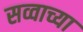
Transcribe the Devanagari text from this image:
सव्वाच्या